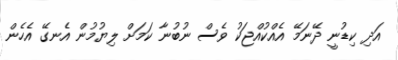
އަދި ކިޑުނީ ދޭނަމޭ އެއްކުއްޖަކު ވެސް ނުބުނާ ކަމަށް ލިޔުމުން އެނގޭ އެހެން